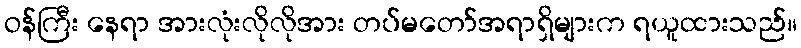
ဝန်ကြီး နေရာ အားလုံးလိုလိုအား တပ်မတော်အရာရှိများက ရယူထားသည်။